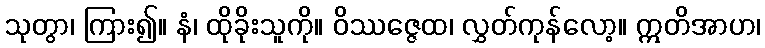
သုတွာ၊ ကြား၍။ နံ၊ ထိုခိုးသူကို။ ဝိဿဇ္ဇေထ၊ လွှတ်ကုန်လော့။ ဣတိအာဟ၊